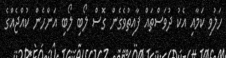
ހަލުވި ކަމާއި އެކު ދުވަސްތައް ފާއިތުވެގެން ގޮސް ލޯބި ލޯބި އަންހެން ކުއްޖެއްގެ